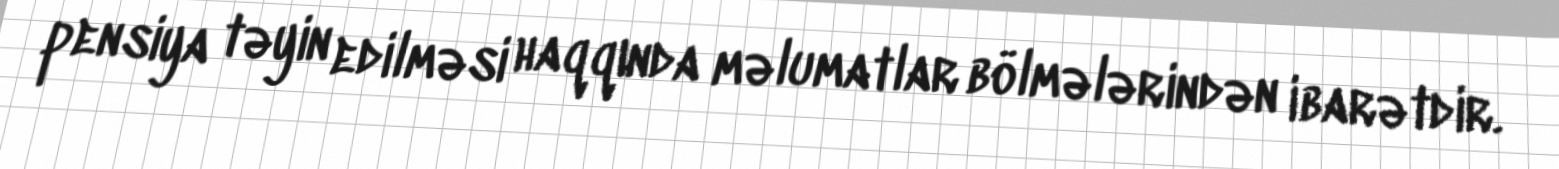
pensiya təyin edilməsi haqqında məlumatlar bölmələrindən ibarətdir.